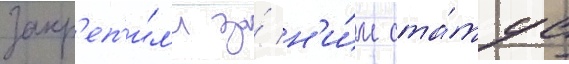
закр'еп'и́л'и за́ н'и́м ста́тус